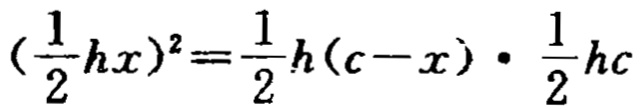
\((\frac{1}{2}hx)^2=\frac{1}{2}h(c - x)\cdot\frac{1}{2}hc\)